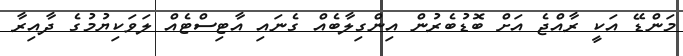
މަންޑޭ އަކީ ރާއްޖެ އަށް ބޮޑުބެރުން އިންގިލާބެއް ގެނައި އާޓިސްޓެއް ލަވަކިޔުމުގެ ދާއިރާ